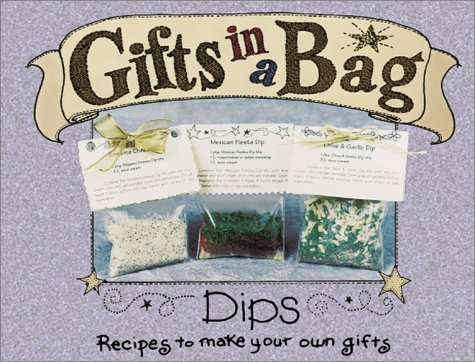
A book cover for Gifts in a Bag: Dips; G & R Publishing; Cookbooks, Food & Wine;